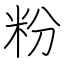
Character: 粉